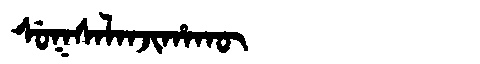
Manchu: ᠰᡠᡴᠰᠠᠯᠠᠨᠵᡳᡥᠠᡴᡡ
Romanization: SUKSALANJIHAKŪ